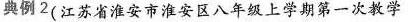
典例2(江苏省淮安市淮安区八年级上学期第一次教学